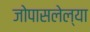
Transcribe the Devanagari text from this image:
जोपासलेल्या